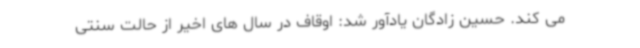
می کند. حسین زادگان یادآور شد: اوقاف در سال های اخیر از حالت سنتی